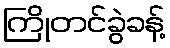
ကြိုတင်ခွဲခန့်